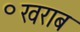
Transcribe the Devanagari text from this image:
॰खराब